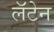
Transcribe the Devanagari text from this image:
लॅटेन